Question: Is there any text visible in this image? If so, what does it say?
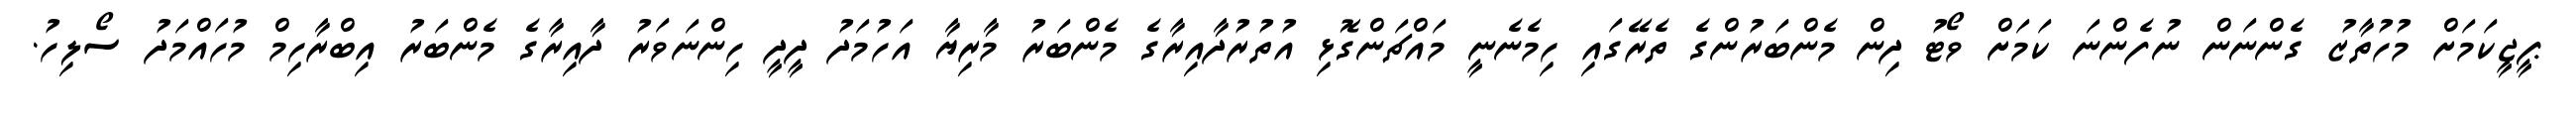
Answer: ޕީޖީކަމަށް މުހުތާޒު ގެންނަން ނުފެންނަ ކަމަށް ވޯޓު ދިން މެންބަރުންގެ ތެރޭގައި ހިމެނެނީ މައްޗަންގޮޅި އުތުރުދާއިރާގެ މެންބަރު މާރިޔާ އަހުމަދު ދީދީ ހިންނަވަރު ދާއިރާގެ މެންބަރު އިބްރާހިމް މުހައްމަދު ސޯލިހު.